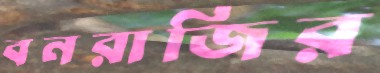
বনরাজির